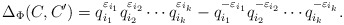
\begin{align*}\Delta_{\Phi} (C,C') = q^{\varepsilon_{i_{1}}}_{i_{1}} q^{\varepsilon_{i_{2}}}_{i_{2}} \cdots q^{\varepsilon_{i_{k}}}_{i_{k}} -q^{-\varepsilon_{i_{1}}}_{i_1} q^{-\varepsilon_{i_{2}}}_{i_{2}} \cdots q^{-\varepsilon_{i_{k}} }_{i_{k}}.\end{align*}